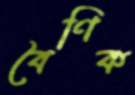
বৈণিক